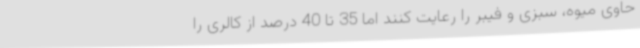
حاوی میوه، سبزی و فیبر را رعایت کنند اما 35 تا 40 درصد از کالری را